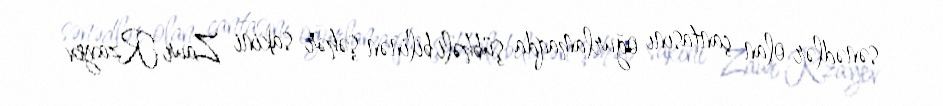
sənədlər olan çantasını oğurlamaqda şübhəli bilinən şəhər sakini Zaur Rzayev